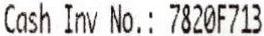
CASH INV NO.: 7820F713